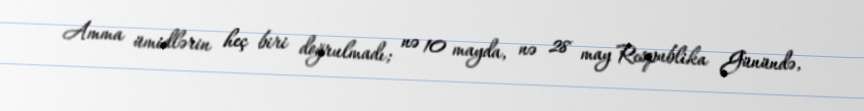
Amma ümidlərin heç biri doğrulmadı; nə 10 mayda, nə 28 may Respublika Günündə,